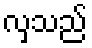
လှသည်